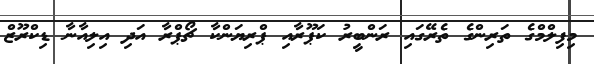
މިފިލްމްގެ ތަރިންގެ ތެރޭގައި ރަންބީރު ކަޕޫރާއި ޕްރިޔަންކާ ޗޯޕްރާ އަދި އިލިއާނާ ޑިކްރޫޒް